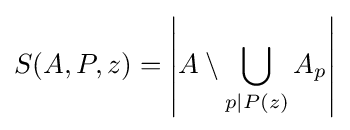
S(A,P,z)=\left\vert A\setminus \bigcup _{p\mid P(z)}A_{p}\right\vert